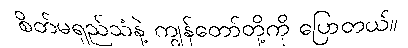
စိတ်မရှည်သံနဲ့ ကျွန်တော်တို့ကို ပြောတယ်။